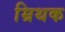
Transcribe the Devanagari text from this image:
म्रिथक